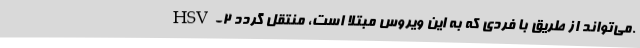
HSV-2 می‌تواند از طریق با فردی که به این ویروس مبتلا است، منتقل گردد.